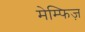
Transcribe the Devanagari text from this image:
मेम्फिज़